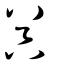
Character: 器